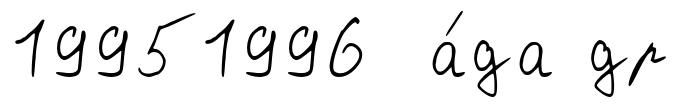
19951996 а́да др